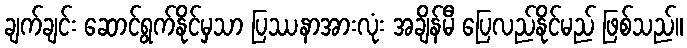
ချက်ချင်း ဆောင်ရွက်နိုင်မှသာ ပြဿနာအားလုံး အချိန်မီ ပြေလည်နိုင်မည် ဖြစ်သည်။